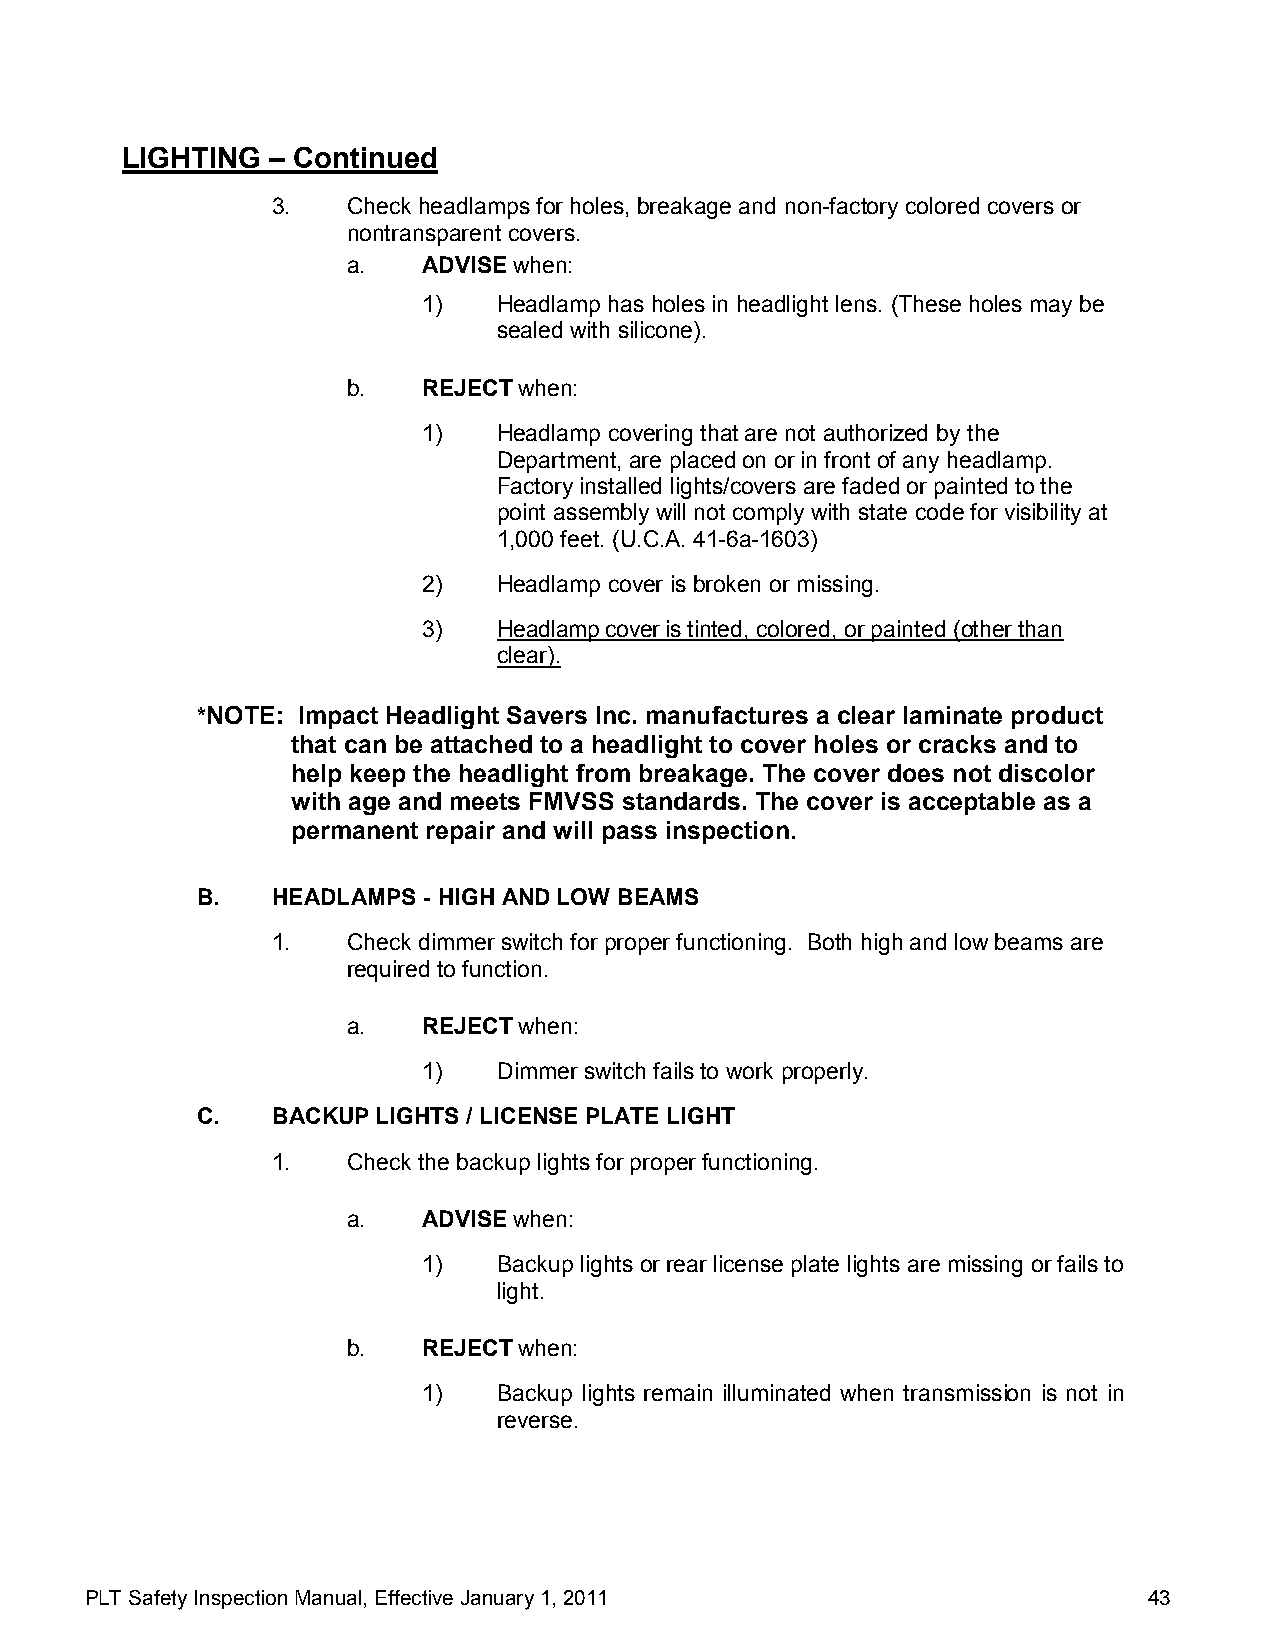
LIGHTING  – Continued
 3.   Check headlamps for holes, breakage and non-factory colored covers or
 nontransparent covers.
 a.   ADVISE when:
 1)   Headlamp has holes in headlight lens. (These holes may be
 sealed with silicone).
 b.   REJECT when:
 1)   Headlamp covering that are not authorized by the
 Department, are placed on or in front of any headlamp.
 Factory installed lights/covers are faded or painted to the
 point assembly will not comply with state code for visibility at
 1,000 feet. (U.C.A. 41-6a-1603)
 2)   Headlamp cover is broken or missing.
 3)   Headlamp cover is tinted, colored, or painted (other than
 clear).
 *NOTE: Impact Headlight Savers Inc. manufactures a clear laminate product
 that can be attached to a headlight to cover holes or cracks and to
 help keep the headlight from breakage. The cover does not discolor
 with age and meets FMVSS standards. The cover is acceptable as a
 permanent repair and will pass inspection.
 B.   HEADLAMPS - HIGH AND LOW BEAMS
 1.   Check dimmer switch for proper functioning. Both high and low beams are
 required to function.
 a.   REJECT when:
 1)   Dimmer switch fails to work properly.
 C.   BACKUP LIGHTS / LICENSE PLATE LIGHT
 1.   Check the backup lights for proper functioning.
 a.   ADVISE when:
 1)   Backup lights or rear license plate lights are missing or fails to
 light.
 b.   REJECT when:
 1)   Backup lights remain illuminated when transmission is not in
 reverse.
 PLT Safety Inspection Manual, Effective January 1, 2011               43